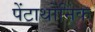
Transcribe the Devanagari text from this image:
पेंटाथोनिक